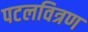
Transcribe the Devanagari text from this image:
पटलवित्रण